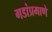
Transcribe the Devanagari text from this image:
गडांप्रमाणे